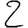
Digit: 2